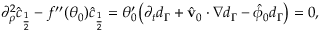
\begin{array} { r } { \partial _ { \rho } ^ { 2 } \hat { c } _ { \frac { 1 } { 2 } } - f ^ { \prime \prime } ( \theta _ { 0 } ) \hat { c } _ { \frac { 1 } { 2 } } = \theta _ { 0 } ^ { \prime } \big ( \partial _ { t } d _ { \Gamma } + \hat { \mathbf { v } } _ { 0 } \cdot \nabla d _ { \Gamma } - \hat { \phi } _ { 0 } d _ { \Gamma } \big ) = 0 , } \end{array}